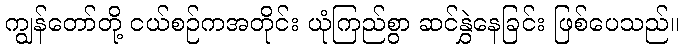
ကျွန်တော်တို့ ငယ်စဉ်ကအတိုင်း ယုံကြည်စွာ ဆင်နွှဲနေခြင်း ဖြစ်ပေသည်။